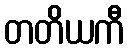
တတိယကီ